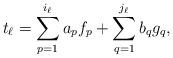
LaTeX: \begin{align*}t_\ell = \sum_{p=1}^{i_\ell} a_p f_p + \sum_{q=1}^{j_\ell} b_q g_q,\end{align*}